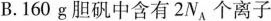
B.160g胆矾中含有2N_{A}个离子